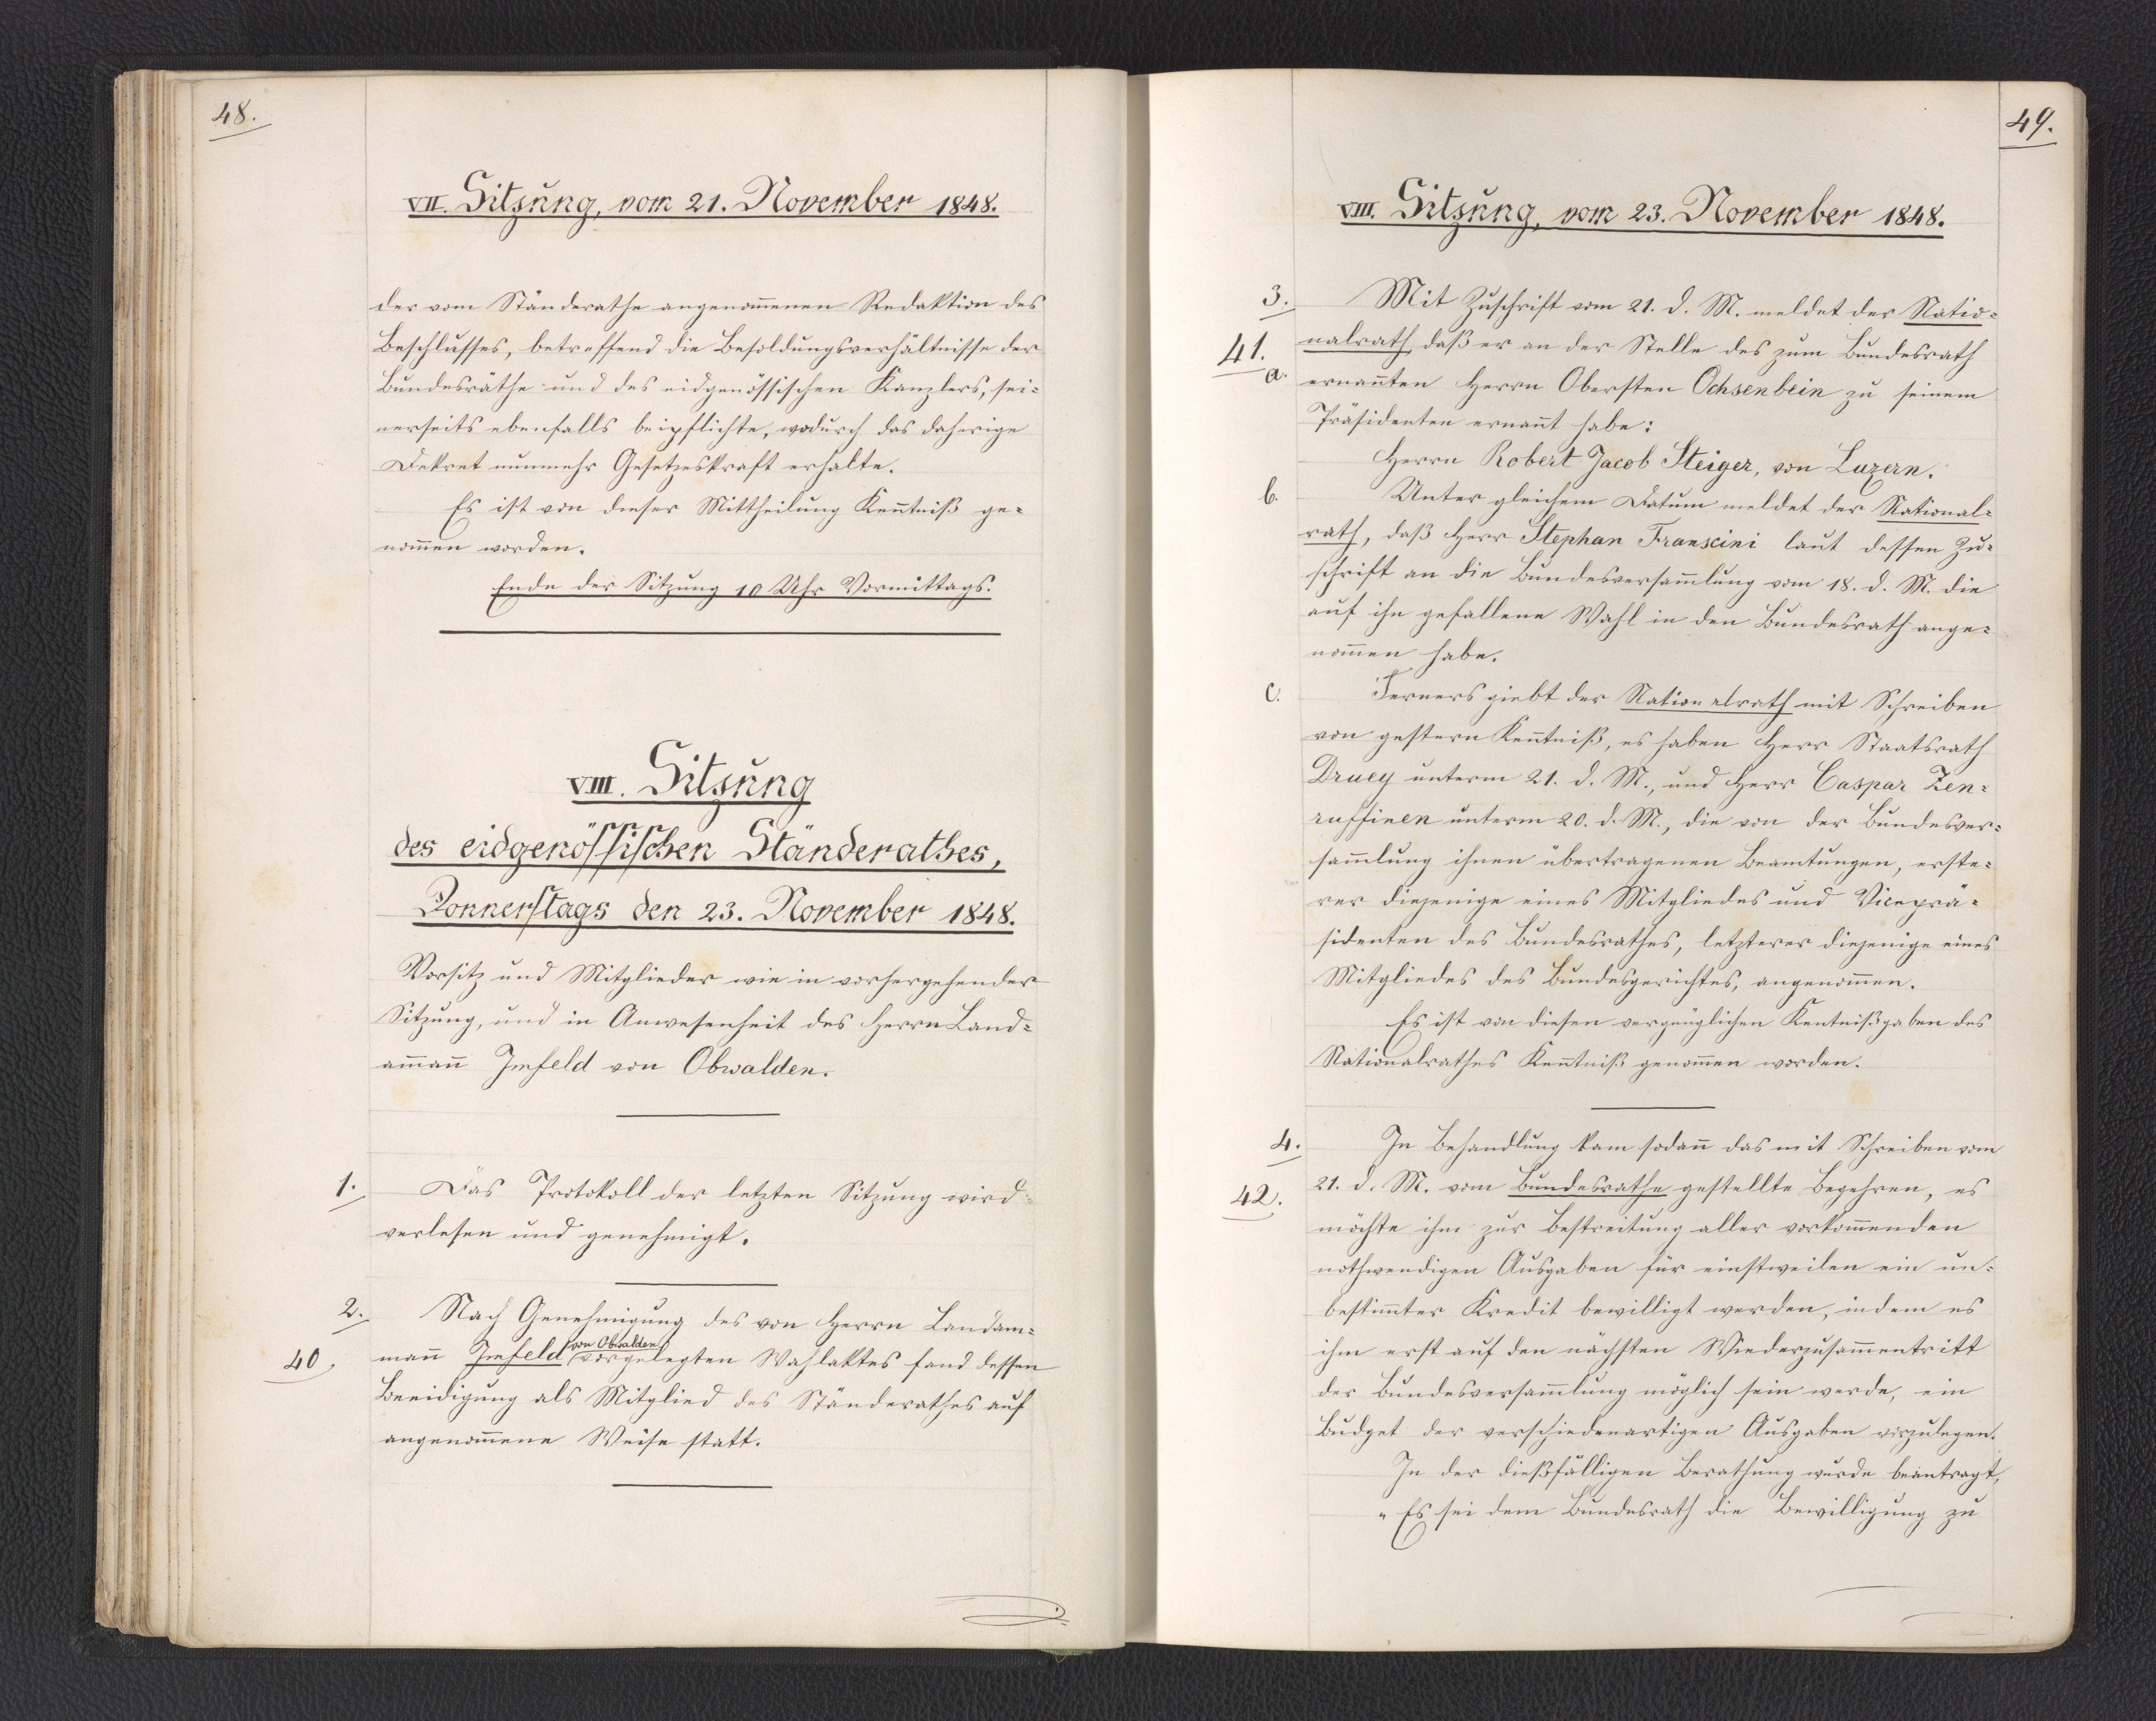
48.

VII. Sitzung, vom 21. November 1848.

der vom Ständerathe angenommenen Redaktion des
Beschlusses, betreffend die Besoldungsverhältnisse der
Bundesräthe und des eidgenössischen Kanzlers, sei¬
nerseits ebenfalls beipflichte, wodurch das daherige
Dekret nunmehr Gesetzeskraft erhalte.
Es ist von dieser Mittheilung Kenntniß ge¬
nommen worden.
Ende der Sitzung 10 Uhr Vormittags.